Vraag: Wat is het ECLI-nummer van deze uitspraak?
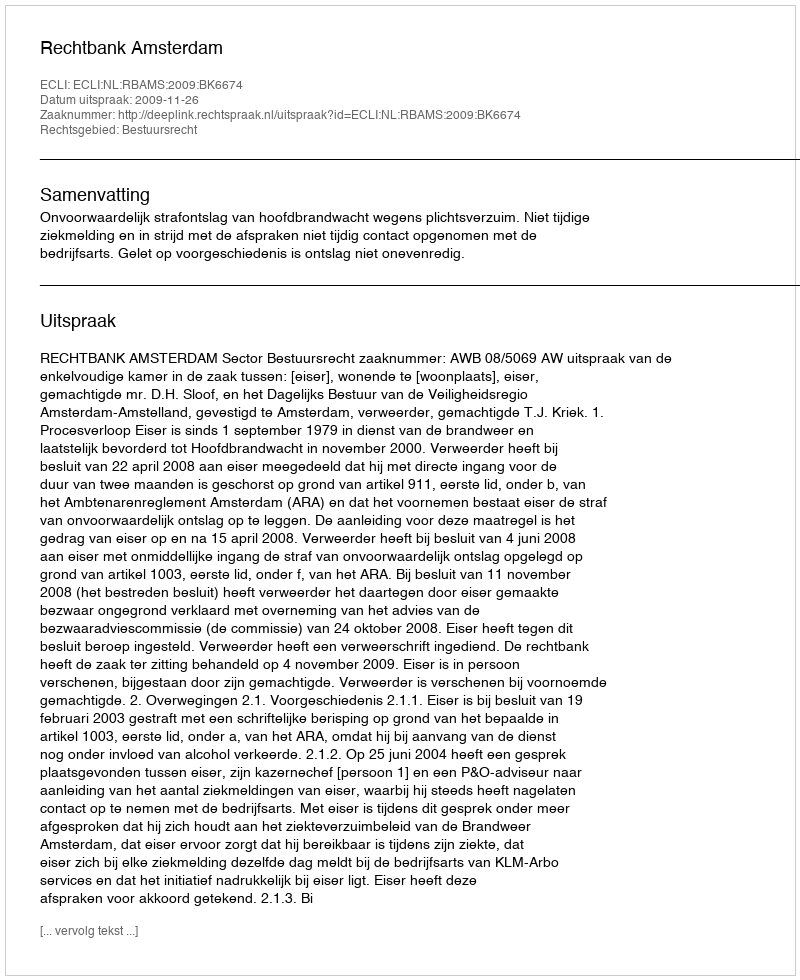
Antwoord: ECLI:NL:RBAMS:2009:BK6674